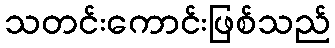
သတင်းကောင်းဖြစ်သည်